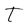
Character: T